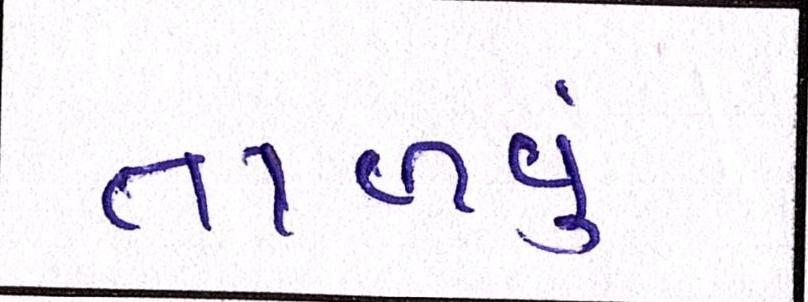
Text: તાળવું